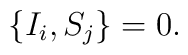
\left\lbrace I_{i},S_{j} \right\rbrace = 0.